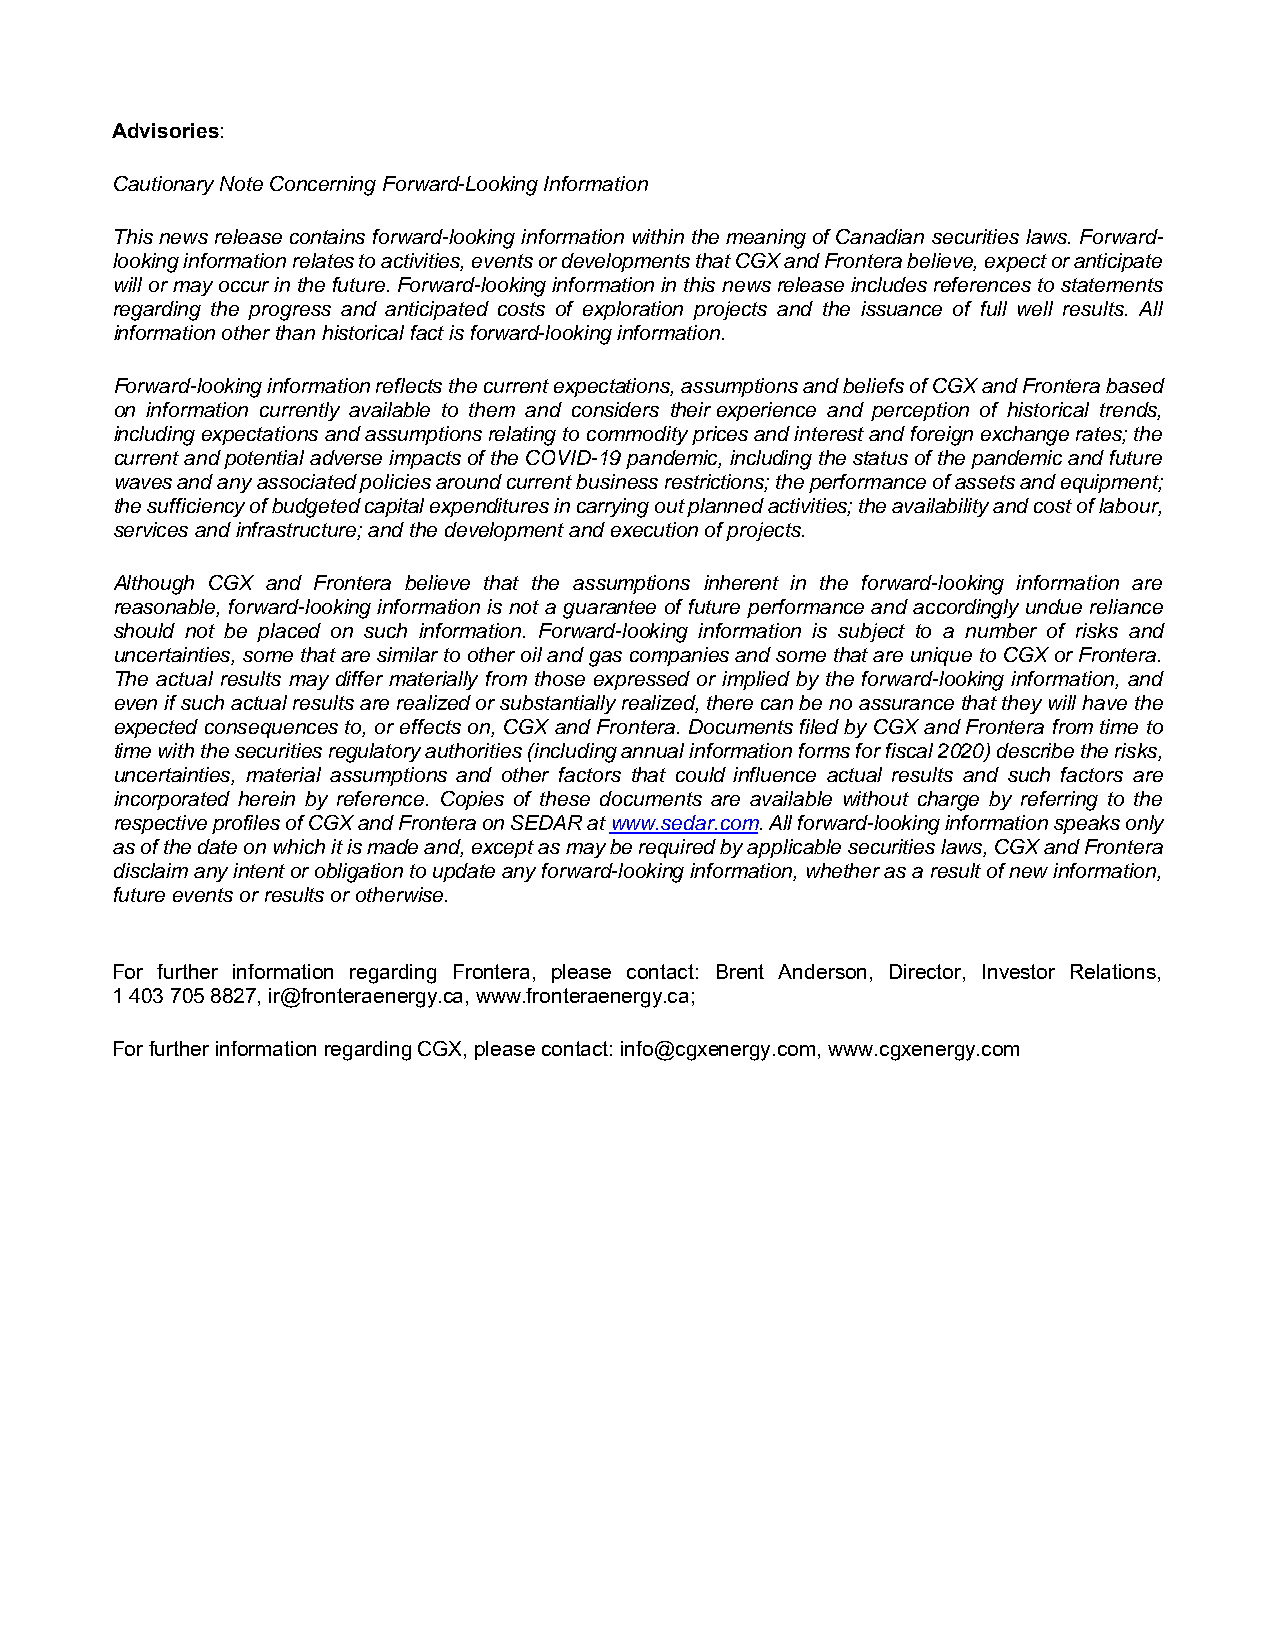
Advisories:
 Cautionary Note Concerning Forward-Looking Information
 This news release contains forward-looking information within the meaning of Canadian securities laws. Forward-
 looking information relates to activities, events or developments that CGX and Frontera believe, expect or anticipate
 will or may occur in the future. Forward-looking information in this news release includes references to statements
 regarding the progress and anticipated costs of exploration projects and the issuance of full well results. All
 information other than historical fact is forward-looking information.
 Forward-looking information reflects the current expectations, assumptions and beliefs of CGX and Frontera based
 on information currently available to them and considers their experience and perception of historical trends,
 including expectations and assumptions relating to commodity prices and interest and foreign exchange rates; the
 current and potential adverse impacts of the COVID-19 pandemic, including the status of the pandemic and future
 waves and any associated policies around current business restrictions; the performance of assets and equipment;
 the sufficiency of budgeted capital expenditures in carrying out planned activities; the availability and cost of labour,
 services and infrastructure; and the development and execution of projects.
 Although CGX and Frontera believe that the assumptions inherent in the forward-looking information are
 reasonable, forward-looking information is not a guarantee of future performance and accordingly undue reliance
 should not be placed on such information. Forward-looking information is subject to a number of risks and
 uncertainties, some that are similar to other oil and gas companies and some that are unique to CGX or Frontera.
 The actual results may differ materially from those expressed or implied by the forward-looking information, and
 even if such actual results are realized or substantially realized, there can be no assurance that they will have the
 expected consequences to, or effects on, CGX and Frontera. Documents filed by CGX and Frontera from time to
 time with the securities regulatory authorities (including annual information forms for fiscal 2020) describe the risks,
 uncertainties, material assumptions and other factors that could influence actual results and such factors are
 incorporated herein by reference. Copies of these documents are available without charge by referring to the
 respective profiles of CGX and Frontera on SEDAR at www.sedar.com. All forward-looking information speaks only
 as of the date on which it is made and, except as may be required by applicable securities laws, CGX and Frontera
 disclaim any intent or obligation to update any forward-looking information, whether as a result of new information,
 future events or results or otherwise.
 For further information regarding Frontera, please contact: Brent Anderson, Director, Investor Relations,
 1 403 705 8827, ir@fronteraenergy.ca, www.fronteraenergy.ca;
 For further information regarding CGX, please contact: info@cgxenergy.com, www.cgxenergy.com